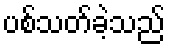
ပစ်သတ်ခဲ့သည်